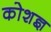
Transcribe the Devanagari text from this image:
कोशज्ञ